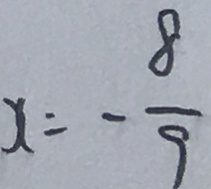
x = - \frac { 8 } { 9 }